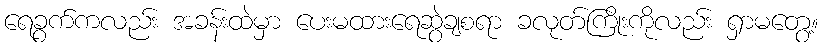
ရေခွက်ကလည်း အခန်းထဲမှာ ပေးမထားရေဆွဲချစရာ ခလုတ်ကြိုးကိုလည်း ရှာမတွေ့။